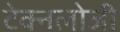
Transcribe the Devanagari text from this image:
टेक्नलोजी